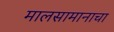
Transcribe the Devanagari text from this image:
मालसामानाचा